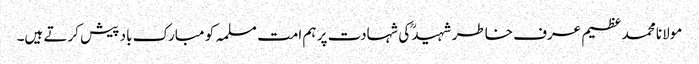
مولانا محمد عظیم عرف خاطر شہیدؒ کی شہادت پر ہم امت مسلمہ کو مبارک باد پیش کرتے ہیں۔